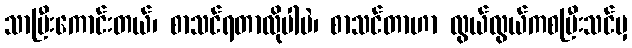
သာပြီးကောင်းတယ်၊ စာသင်ရတာလိုပါပဲ၊ စာသင်တာဟာ လွယ်လွယ်ကစပြီးသင်မှ